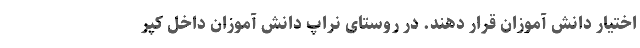
اختیار دانش آموزان قرار دهند. در روستای نراپ دانش آموزان داخل کپر